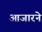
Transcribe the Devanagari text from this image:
आजारने